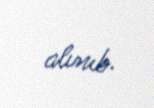
alınıb.